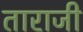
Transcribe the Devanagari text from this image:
ताराजी